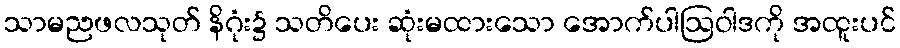
သာမညဖလသုတ် နိဂုံး၌ သတိပေး ဆုံးမထားသော အောက်ပါဩဝါဒကို အထူးပင်